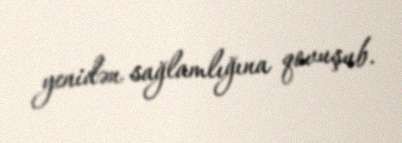
yenidən sağlamlığına qovuşub.